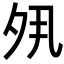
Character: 𡖊